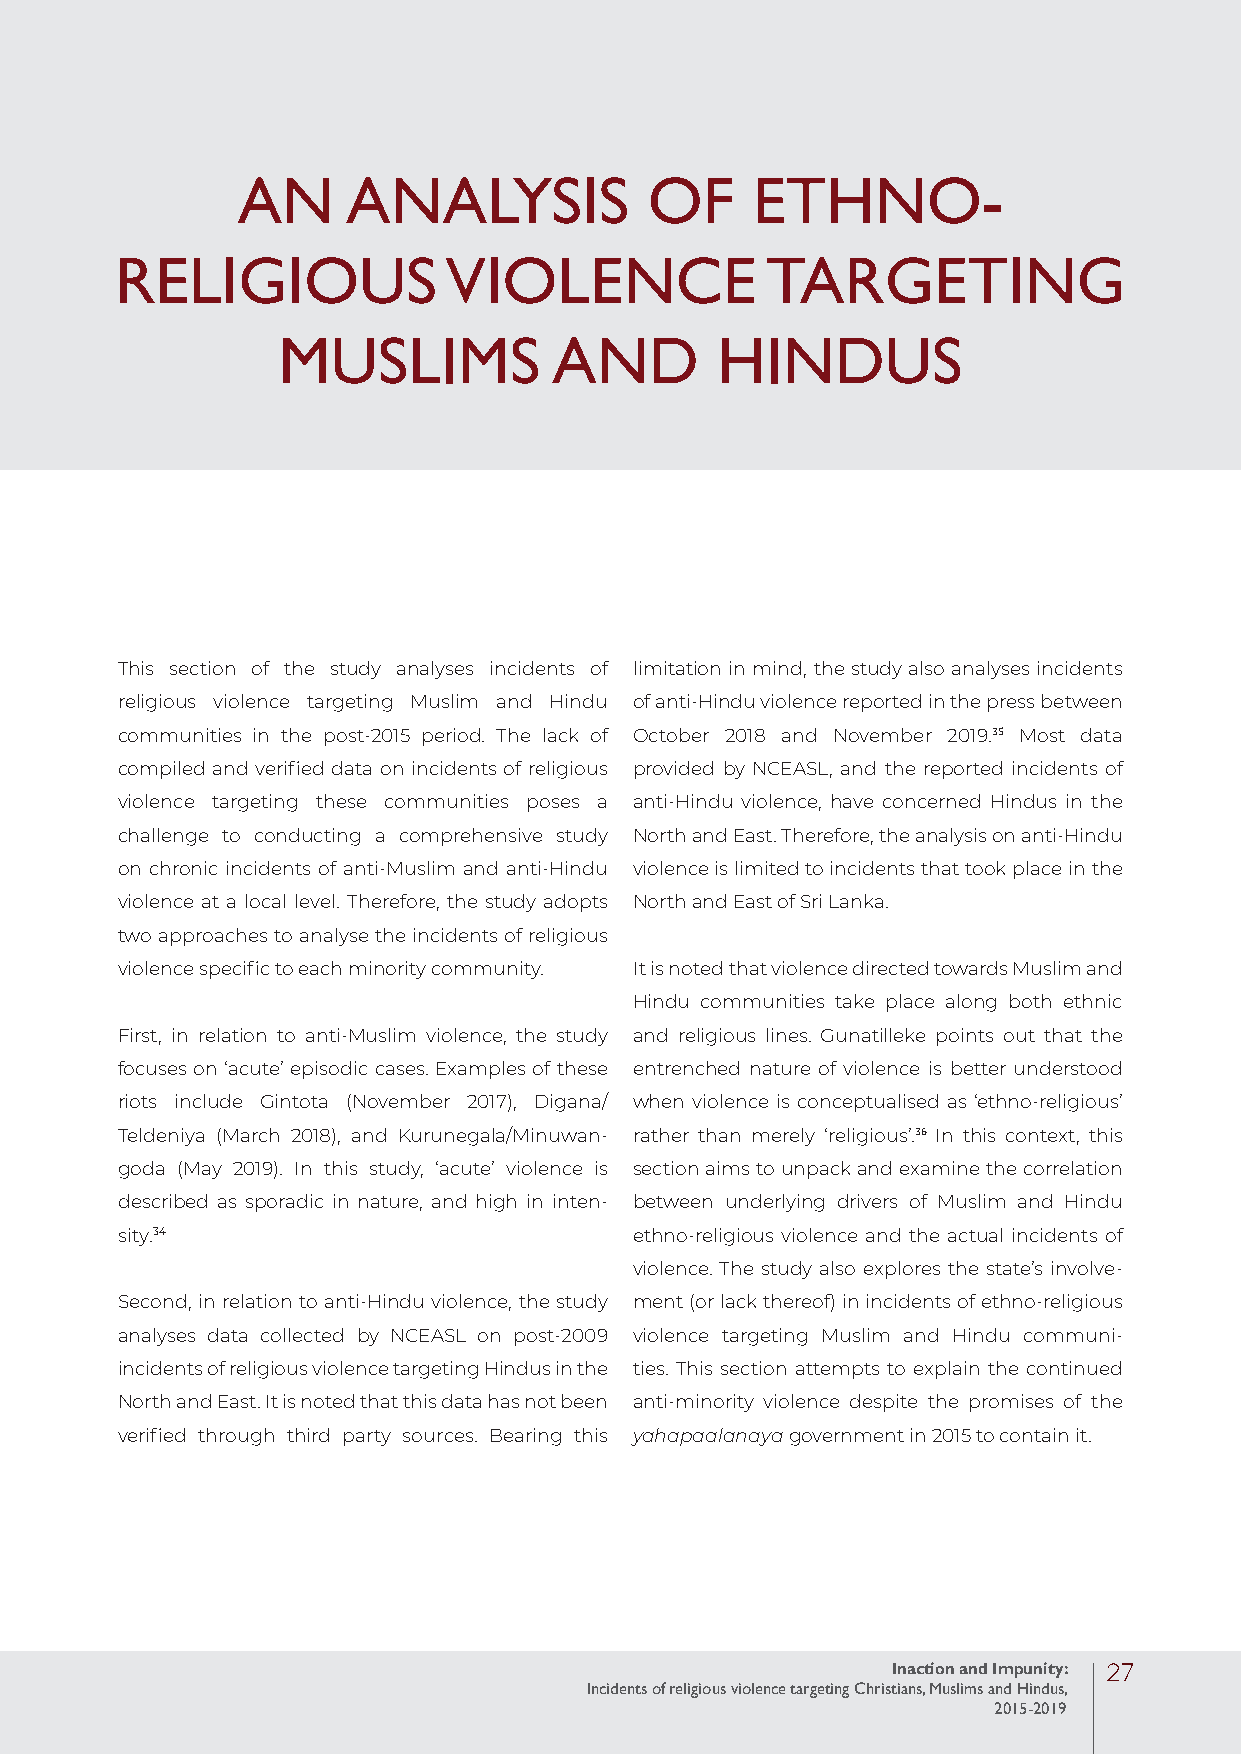
AN     ANALYSIS            OF     ETHNO-
 RELIGIOUS            VIOLENCE              TARGETING
 MUSLIMS            AND       HINDUS
 This section of the study analyses incidents of limitation in mind, the study also analyses incidents
 religious violence targeting Muslim and Hindu of anti-Hindu violence reported in the press between
 communities in the post-2015 period. The lack of October 2018 and November 2019. Most data
 35
 compiled and verified data on incidents of religious provided by NCEASL, and the reported incidents of
 violence targeting these communities poses a anti-Hindu violence, have concerned Hindus in the
 challenge to conducting a comprehensive study North and East. Therefore, the analysis on anti-Hindu
 on chronic incidents of anti-Muslim and anti-Hindu violence is limited to incidents that took place in the
 violence at a local level. Therefore, the study adopts North and East of Sri Lanka.
 two approaches to analyse the incidents of religious
 violence specific to each minority community. It is noted that violence directed towards Muslim and
 Hindu communities take place along both ethnic
 First, in relation to anti-Muslim violence, the study and religious lines. Gunatilleke points out that the
 focuses on ‘acute’ episodic cases. Examples of these entrenched nature of violence is better understood
 riots include Gintota (November 2017), Digana/ when violence is conceptualised as ‘ethno-religious’
 Teldeniya (March 2018), and Kurunegala/Minuwan- rather than merely ‘religious’. In this context, this
 36
 goda (May 2019). In this study, ‘acute’ violence is section aims to unpack and examine the correlation
 described as sporadic in nature, and high in inten- between underlying drivers of Muslim and Hindu
 sity.34                           ethno-religious violence and the actual incidents of
 violence. The study also explores the state’s involve-
 Second, in relation to anti-Hindu violence, the study ment (or lack thereof) in incidents of ethno-religious
 analyses data collected by NCEASL on post-2009 violence targeting Muslim and Hindu communi-
 incidents of religious violence targeting Hindus in the ties. This section attempts to explain the continued
 North and East. It is noted that this data has not been anti-minority violence despite the promises of the
 verified through third party sources. Bearing this yahapaalanaya government in 2015 to contain it.
 Inaction and Impunity: 27
 Incidents of religious violence targeting Christians, Muslims and Hindus,
 2015-2019